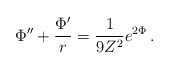
\begin{align*}\Phi'' + \frac{\Phi'}{r} = \frac{1}{9Z^2} e^{2\Phi}\,.\end{align*}